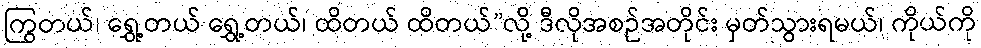
ကြွတယ်၊ ရွှေ့တယ် ရွှေ့တယ်၊ ထိတယ် ထိတယ်”လို့ ဒီလိုအစဉ်အတိုင်း မှတ်သွားရမယ်၊ ကိုယ်ကို